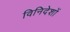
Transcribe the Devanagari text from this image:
विनिदेशों